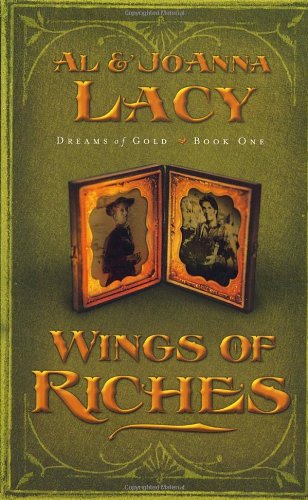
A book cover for Wings of Riches (Dreams of Gold Series #1); Al & Joanna Lacy; Religion & Spirituality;